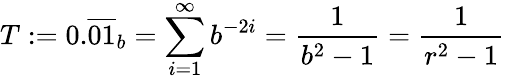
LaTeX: T:=0.{\overline{{01}}}_{b}=\sum_{i=1}^{\infty}b^{-2i}={\frac{1}{b^{2}-1}}={\frac{1}{r^{2}-1}}